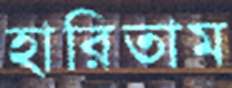
হারিতাম